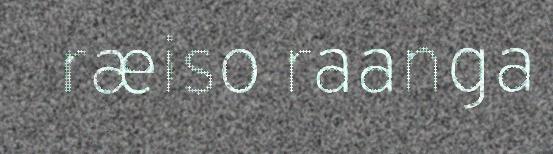
ræiso raanga